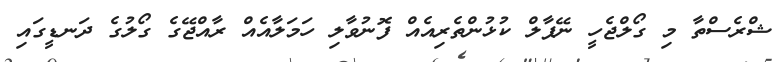
ޝްރެސްތާ މި ގޯލްޖެހީ ނޭޕާލް ކުޅުންތެރިއެއް ފޮނުވާލި ހަމަލާއެއް ރާއްޖޭގެ ގޯލުގެ ދަނޑީގައި